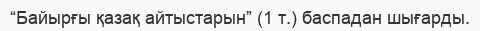
“Байырғы қазақ айтыстарын” (1 т.) баспадан шығарды.